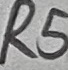
Text: R5